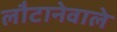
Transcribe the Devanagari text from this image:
लौटानेवाले